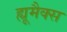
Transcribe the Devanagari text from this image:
ह्यूमैक्स